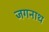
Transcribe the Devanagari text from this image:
जगनाथ